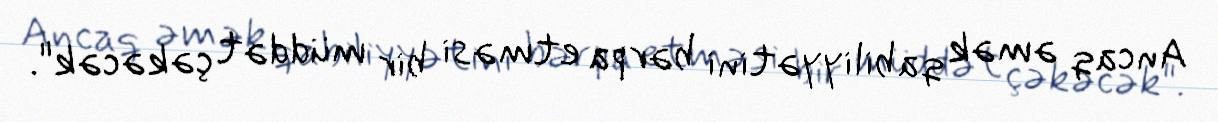
Ancaq əmək qabiliyyətini bərpa etməsi bir müddət çəkəcək".